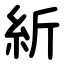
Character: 紤